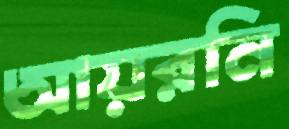
আয়রনি